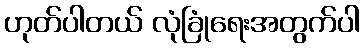
ဟုတ်ပါတယ် လုံခြုံရေးအတွက်ပါ